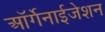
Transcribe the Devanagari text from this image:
ऑर्गेनाईजेशन